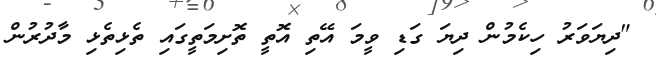
"ދިޔަވަރު ހިކެމުން ދިޔަ ގަޑި ވީމަ އޭތި އޮތީ ތޮށިމަތީގައި ތެޅިތެޅި މާދުރުން